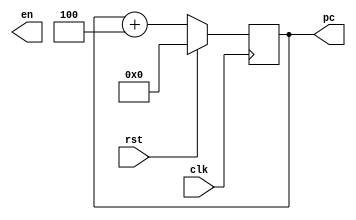
module PC(
    input clk,
    input rst,
    output reg en,
    output reg[31:0] pc
    );
    reg [31:0] pc;
    always @(posedge clk)begin
        if(rst == 1'b1)begin
            ce <= 1'b0;
        end
        else begin
            ce <= 1'b1;
        end
    end
    always @(posedge clk)begin
        if(rst == 1'b1)begin
            pc <= 32'h00000000; 
            //en <= 1'b0;
            //这里再次将复位切开，我是不太明白
        end
        else begin
            pc <= pc + 32'h4;
            //en <= 1'b1;
        end
    end
endmodule